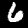
Digit: 6